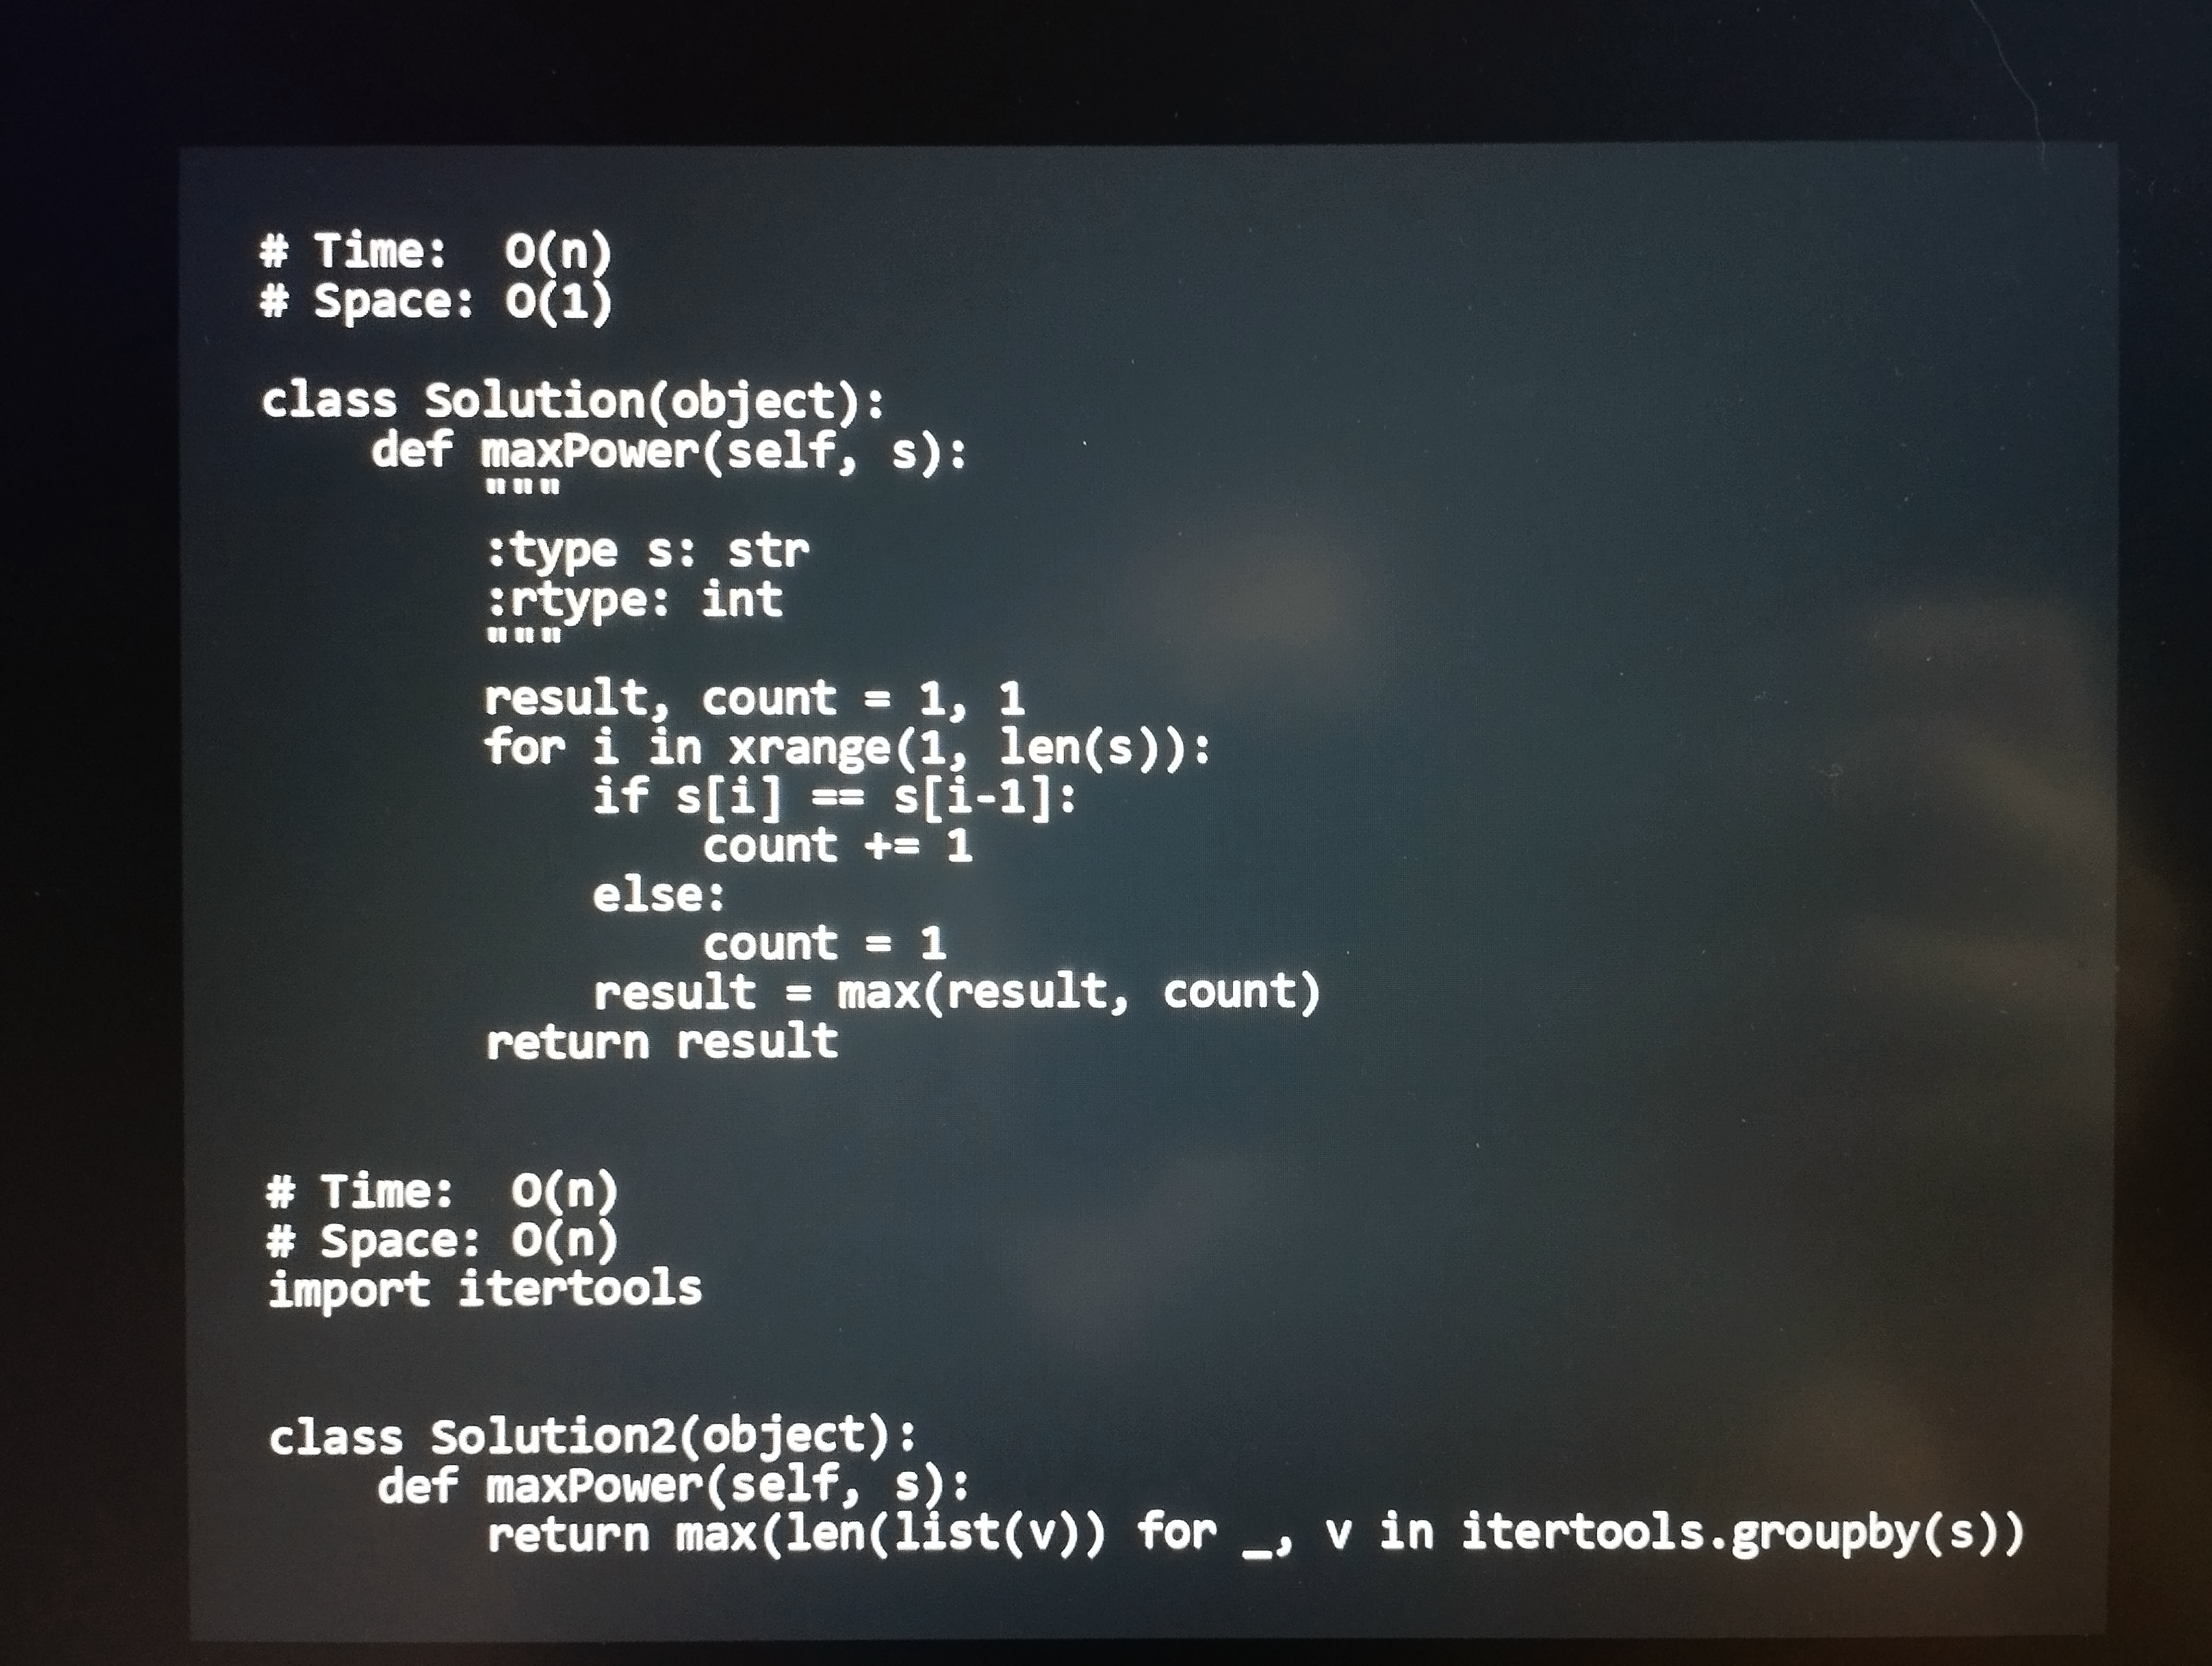
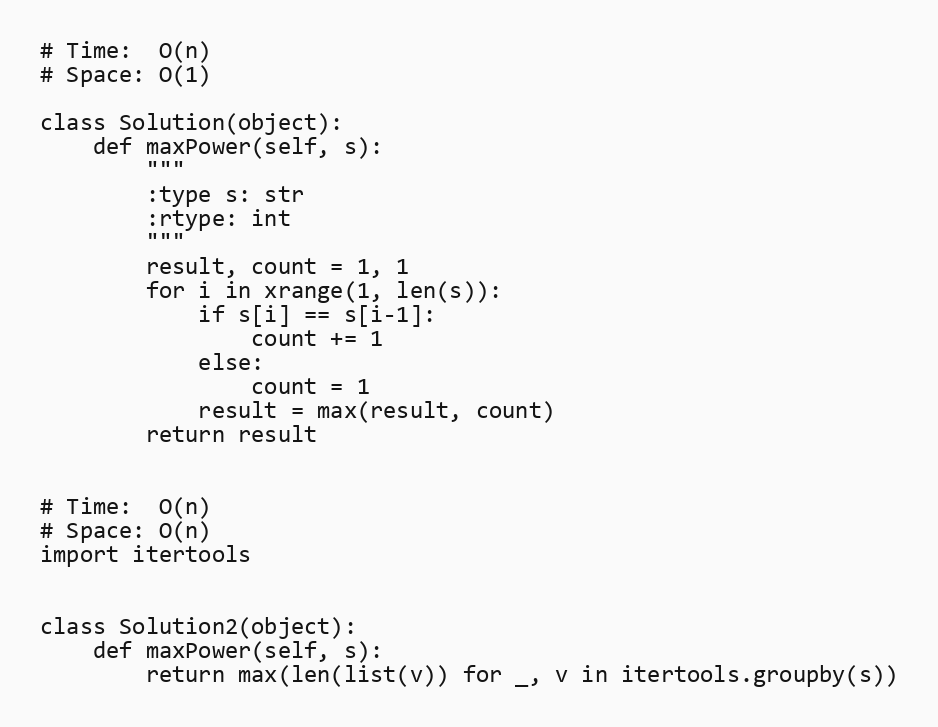
# Time:  O(n)
# Space: O(1)

class Solution(object):
    def maxPower(self, s):
        """
        :type s: str
        :rtype: int
        """
        result, count = 1, 1
        for i in xrange(1, len(s)):
            if s[i] == s[i-1]:
                count += 1
            else:
                count = 1
            result = max(result, count)
        return result

# Time:  O(n)
# Space: O(n)
import itertools

class Solution2(object):
    def maxPower(self, s):
        return max(len(list(v)) for _, v in itertools.groupby(s))